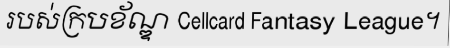
របស់ក្របខ័ណ្ឌ Cellcard Fantasy League។